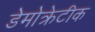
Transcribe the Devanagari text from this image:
डेेमोक्रेटीक